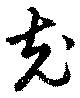
充